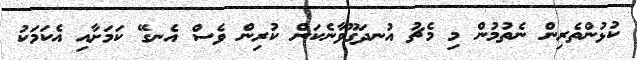
ކުޅުންތެރިން ނެތުމުން މި މެޗު އުނދަގޫވާނެކަން ކުރިން ވެސް އެނގޭ ކަމަށާއި އެކަމަކު